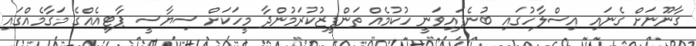
ގާނޫނަށް ގެނައި އިސްލާހުގައި ބުނެފައިވަނީ ހުކުމެއް ތަންފީޒުކުރަމުންދާ މީހަކަށް ސިޔާސީ ޕާޓީއެއްގެ މަގާމެއްގައި